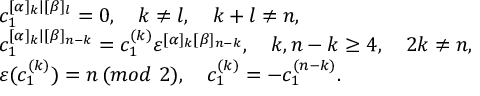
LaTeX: \begin{array} { l } { { c _ { 1 } ^ { [ \alpha ] _ { k } | [ \beta ] _ { l } } = 0 , \quad k \neq l , \quad k + l \neq n , } } \\ { { c _ { 1 } ^ { [ \alpha ] _ { k } | [ \beta ] _ { n - k } } = c _ { 1 } ^ { ( k ) } \varepsilon ^ { [ \alpha ] _ { k } [ \beta ] _ { n - k } } , \quad k , n - k \ge 4 , \quad 2 k \neq n , } } \\ { { \varepsilon ( c _ { 1 } ^ { ( k ) } ) = n \, ( m o d \, \, 2 ) , \quad c _ { 1 } ^ { ( k ) } = - c _ { 1 } ^ { ( n - k ) } . } } \end{array}